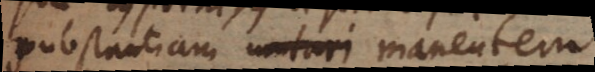
substantiam mutari manentem